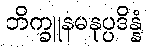
ဘိက္ခူနမနုပ္ပဒိန္နံ